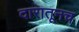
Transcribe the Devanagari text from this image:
दारातूनच